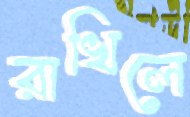
রাখিলে